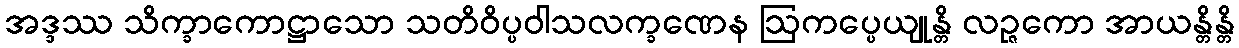
အဒ္ဒဿ သိက္ခာကောဋ္ဌာသော သတိဝိပ္ပဝါသလက္ခဏေန ဩကပ္ပေယျုန္တိ လဉ္ဇကော အာယန္တိန္တိ